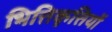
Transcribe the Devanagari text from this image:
भित्तिकृत्तियों